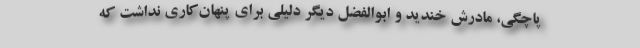
پاچگی، مادرش خندید و ابوالفضل دیگر دلیلی برای پنهان‌کاری نداشت که